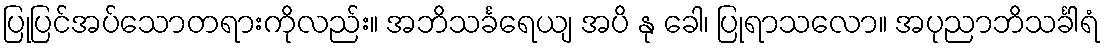
ပြုပြင်အပ်သောတရားကိုလည်း။ အဘိသင်္ခရေယျ အပိ နု ခေါ၊ ပြုရာသလော။ အပုညာဘိသင်္ခါရံ